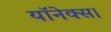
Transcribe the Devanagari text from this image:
यॉनेक्स।